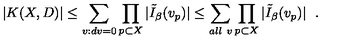
\left. | K ( X , D ) | \leq \sum _ { v : d v = 0 } \prod _ { p \subset X } | \tilde { I } _ { \beta } ( v _ { p } ) | \leq \sum _ { a l l \ v } \prod _ { p \subset X } | \tilde { I } _ { \beta } ( v _ { p } ) | \right. \ .